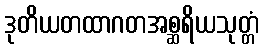
ဒုတိယတထာဂတအစ္ဆရိယသုတ္တံ